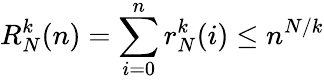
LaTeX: R_{N}^{k}(n)=\sum_{i=0}^{n}r_{N}^{k}(i)\leq n^{N/k}